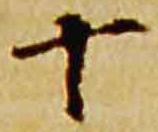
十